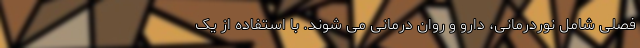
فصلی شامل نوردرمانی، دارو و روان درمانی می شوند. با استفاده از یک